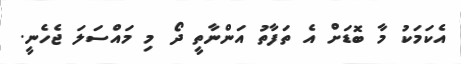
އެކަމަކު މާ ބޮޑަށް އެ ތަފާތު އަންނާތީ ދޯ މި މައްސަލަ ޖެހެނީ.